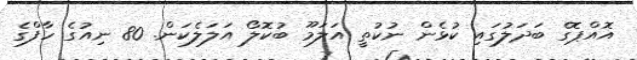
އޮއްޕޮގެ ބަދަލުގައި ކުޅެން ނުކުތީ އަލަމޫ ބުކޮލޯ އަލަލެކަން. 80 ނިއުގެ ހާފްގެ